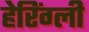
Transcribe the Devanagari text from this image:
हेरिंग्ली